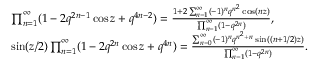
\begin{array} { r l } & { \prod _ { n = 1 } ^ { \infty } ( 1 - 2 q ^ { 2 n - 1 } \cos z + q ^ { 4 n - 2 } ) = \frac { 1 + 2 \sum _ { n = 1 } ^ { \infty } ( - 1 ) ^ { n } q ^ { n ^ { 2 } } \cos ( n z ) } { \prod _ { n = 1 } ^ { \infty } ( 1 - q ^ { 2 n } ) } , } \\ & { \sin ( z / 2 ) \prod _ { n = 1 } ^ { \infty } ( 1 - 2 q ^ { 2 n } \cos z + q ^ { 4 n } ) = \frac { \sum _ { n = 0 } ^ { \infty } ( - 1 ) ^ { n } q ^ { n ^ { 2 } + n } \sin ( ( n + 1 / 2 ) z ) } { \prod _ { n = 1 } ^ { \infty } ( 1 - q ^ { 2 n } ) } . } \end{array}